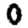
Digit: 0